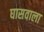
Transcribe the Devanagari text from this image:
घासवाला